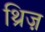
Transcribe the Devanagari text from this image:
थ्रिज़